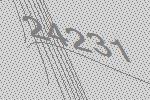
24231